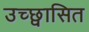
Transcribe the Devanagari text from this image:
उच्छ्वासित